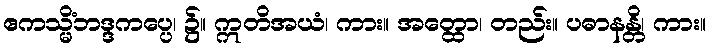
ဧကသ္မိံဘဒ္ဒကပ္ပေ၊ ၌။ ဣတိအယံ၊ ကား။ အတ္ထော၊ တည်း။ ပဓာနန္တိ၊ ကား။